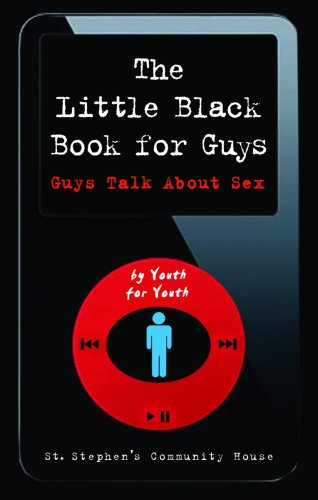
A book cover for The Little Black Book for Guys: Guys Talk about Sex; St. Stephen's Community House; Teen & Young Adult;